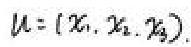
$\mu =(x_1,x_2,x_3)$